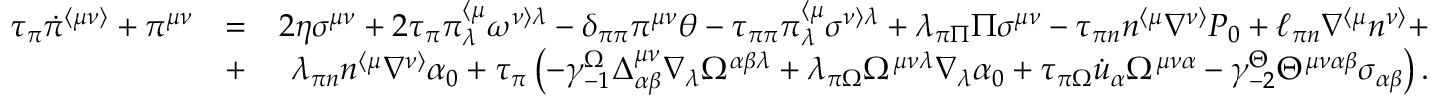
\begin{array} { r l r } { \tau _ { \pi } \dot { \pi } ^ { \langle \mu \nu \rangle } + \pi ^ { \mu \nu } } & { = } & { 2 \eta \sigma ^ { \mu \nu } + 2 \tau _ { \pi } \pi _ { \lambda } ^ { \langle \mu } \omega ^ { \nu \rangle \lambda } - \delta _ { \pi \pi } \pi ^ { \mu \nu } \theta - \tau _ { \pi \pi } \pi _ { \lambda } ^ { \langle \mu } \sigma ^ { \nu \rangle \lambda } + \lambda _ { \pi \Pi } \Pi \sigma ^ { \mu \nu } - \tau _ { \pi n } n ^ { \langle \mu } \nabla ^ { \nu \rangle } P _ { 0 } + \ell _ { \pi n } \nabla ^ { \langle \mu } n ^ { \nu \rangle } + } \\ & { + } & { \lambda _ { \pi n } n ^ { \langle \mu } \nabla ^ { \nu \rangle } \alpha _ { 0 } + \tau _ { \pi } \left( - \gamma _ { - 1 } ^ { \Omega } \Delta _ { \alpha \beta } ^ { \mu \nu } \nabla _ { \lambda } \Omega ^ { \alpha \beta \lambda } + \lambda _ { \pi \Omega } \Omega ^ { \mu \nu \lambda } \nabla _ { \lambda } \alpha _ { 0 } + \tau _ { \pi \Omega } \dot { u } _ { \alpha } \Omega ^ { \mu \nu \alpha } - \gamma _ { - 2 } ^ { \Theta } \Theta ^ { \mu \nu \alpha \beta } \sigma _ { \alpha \beta } \right) . } \end{array}